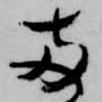
両